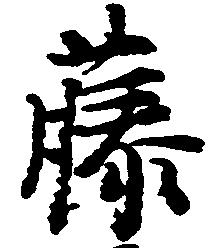
藤